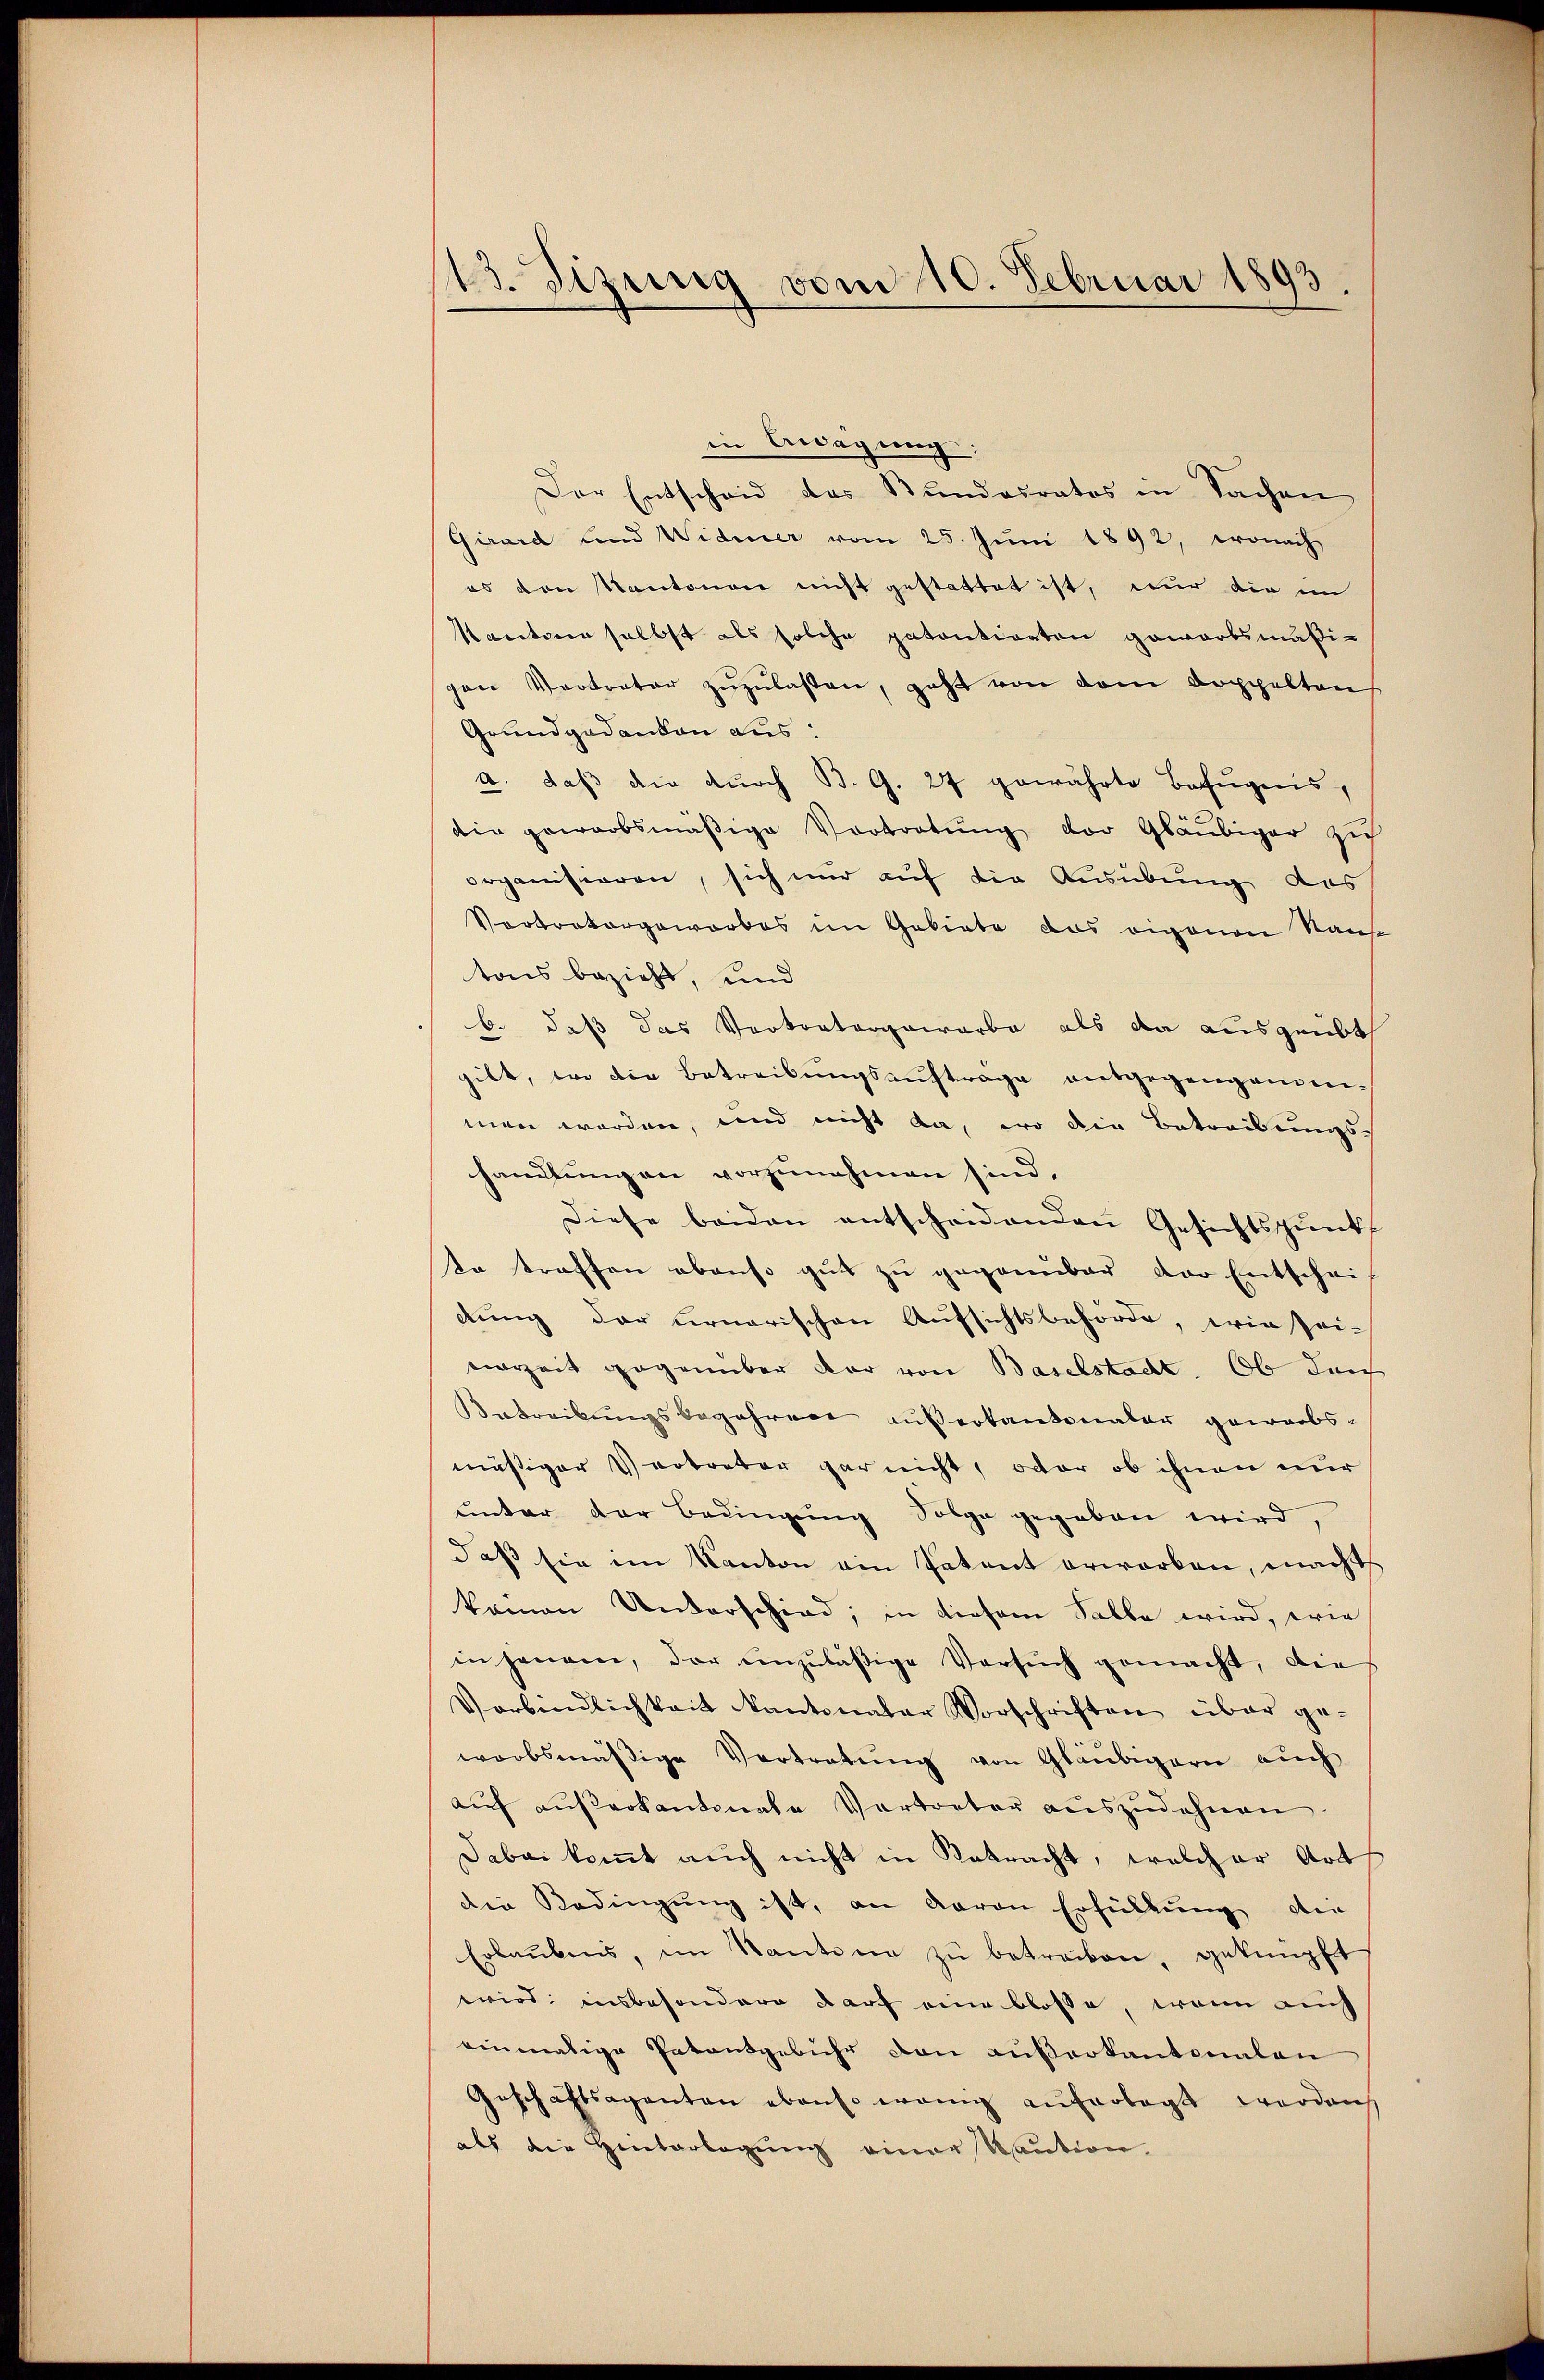
13. Sizung vom 10. Februar 1893.

in Bedagung:
Der Entscheid des Stundesrates in Sachen
Girard und Widmer vom 25. Juni 1892, wonach
es den Kantonen nicht gestattet ist, nur die im
Kantonen selbst als solche patentiorten gewarbsmäßigen Vertreter zŭzŭlassen, geht von dem Doppelten
Grundgedanken aus:
a. daß die durch B. G. 27 gewährte Befugnis,
die geworbsmäßige Vortretŭng der Gläubiger zu
organisieren, sich nur auf die Ausübung des
Vortratorgeworbes im Gebiete das eigenen Kauf
tons bezieht, und
b. daß das Vervortangewarbe als da ausgeübt
gibt, wo die Betreibungsauftrage entgegengenden-
men worden, und nicht da, wo die Betreibungs-
handlungen vorzunehmen sind.
diese beiden entscheidenden Gesichtspunkt
te traffen abenso gut zu gegenüber der Entschei-
dung der ernarischen Aufsichtsbehörde, wie sei-
vorzeit gegenüber dar von Baselstadt. Ob durch
Betreibungsbegehren außerkantonaler gewerbs-
mäßiger Vertreter gar nicht, oder ob ihnen nur
unter der Bedingŭng Folge gegeben wird,
daß sie im Kanton ein Patent erworben, machts
kamen Unterschied, in diesem Falle wird, wie
in jenem, der unzuläßige Versuch gemacht, die
Verbindlichkeit kantonaler Vorschriften über geworbsmäßige Vertretŭng von Gläubigern auch
aŭf aŭserkantonale Vertreter aŭszŭdehnen.
Dabei komt auch nicht in Retracht, welcher Art
die Bedingung ist, an daran Erfüllung der
Erlaubnis, im Kantone zŭ betreiben, geknüpft
wird insbesondere darf eine blosse, wenn auch
einmalige Patentgebühr den Außerkantonalen
Geschäftsagenten ebenso wenig auferlegt worden
als die Hinterlegung einer Kaution.